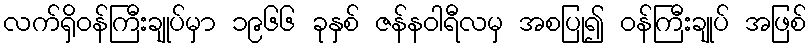
လက်ရှိဝန်ကြီးချုပ်မှာ ၁၉၆၆ ခုနှစ် ဇန်နဝါရီလမှ အစပြု၍ ဝန်ကြီးချုပ် အဖြစ်